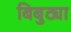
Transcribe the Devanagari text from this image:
बिबुट्या